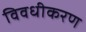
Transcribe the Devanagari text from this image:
विवधीकरण